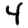
Digit: 4